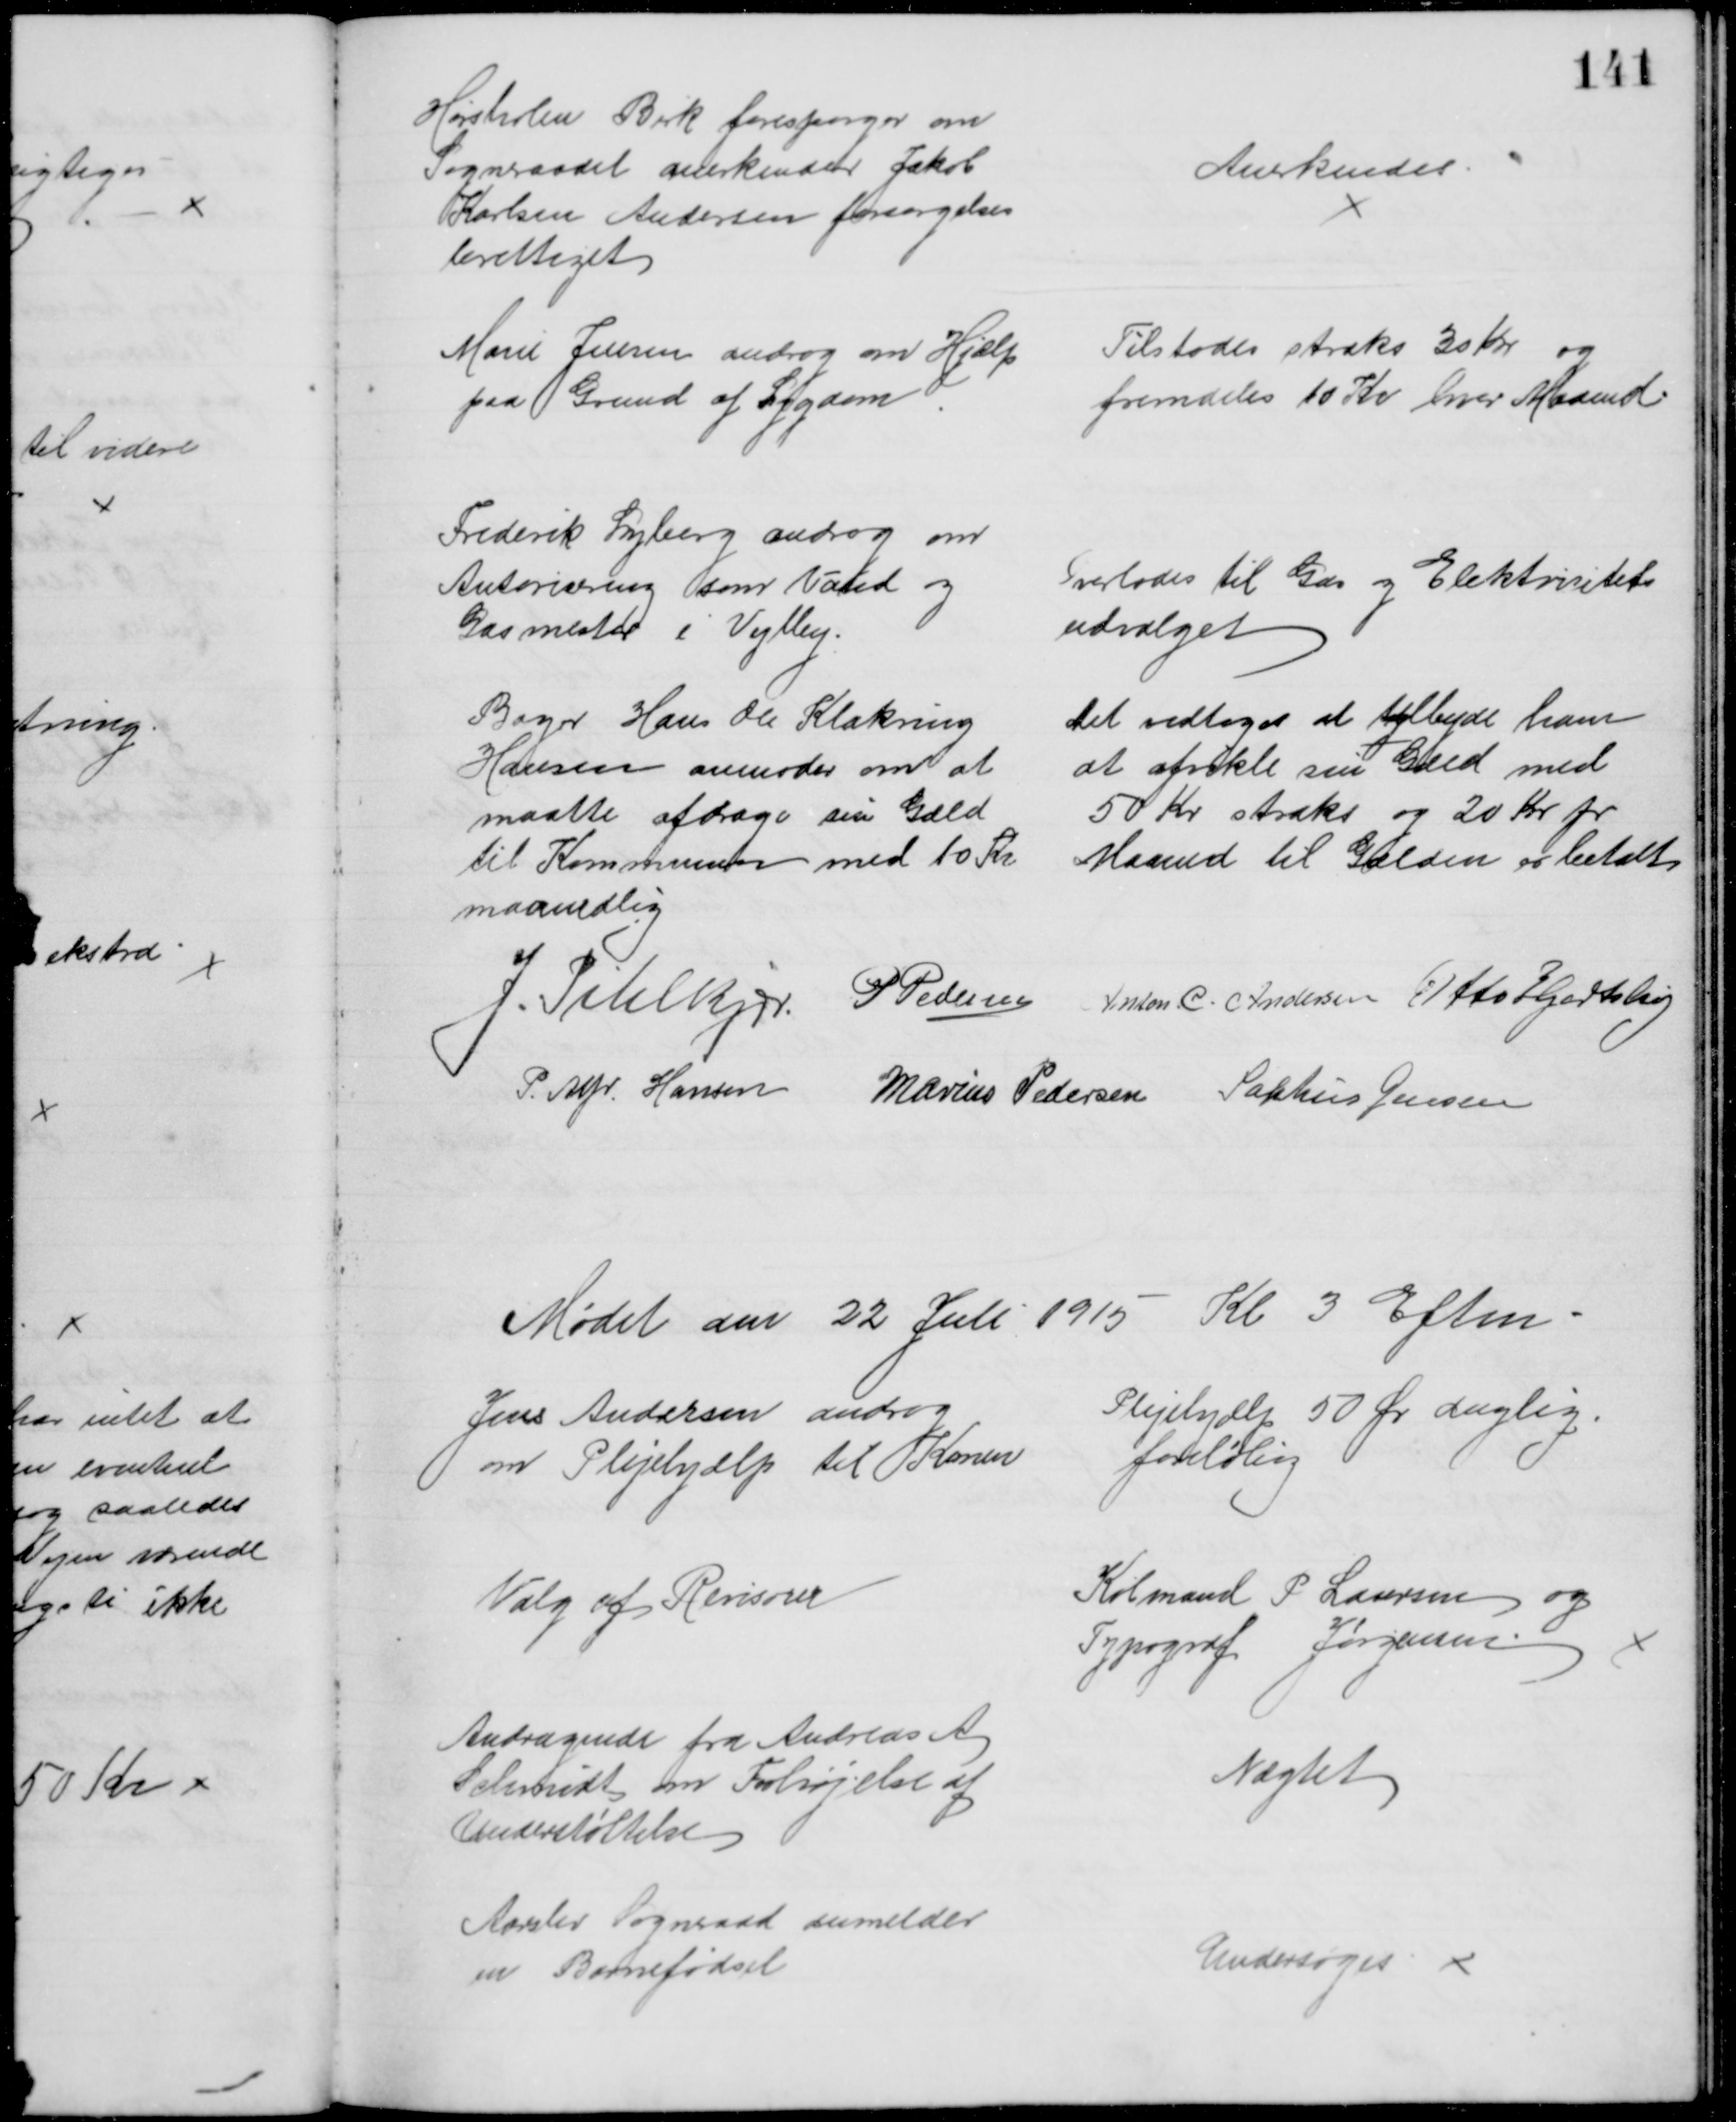
Transskription:
Hørsholm Birk forespørger om
Sogneraadet anerkender Jakob
Karlsen Andersen forsørgelses
berettiget
Anerkendes
Marie Jensen androg om Hjælp
paa Grund af Sygdom
Tilstodes straks 30 kr og
fremdeles 10 Kr hver Maaned
Frederik Lyberg androg om
Autorisering som Vand og 
Gasmester i Vejlby.
Overlodes til Gas og Elektricitets
udvalget
Bager Hans Ole Klakring
Hansen anmoder om at 
maatte afdrage sin Gæld
til Kommunen med 10 Kr
maanedlig
Det vedtoges at tilbyde ham
at afvikle sin Gæld med
50 Kr straks og 20 Kr pr
Maaned til Gælden er betalt
J. Pihlkjær P. Pedersen Anton. C. Andersen Otto Hjortshøj
P. Alfr. Hansen Marius Pedersen Sophus Jensen
Mødet den 22 Juli 1915 Kl 3 Eftm.
Jens Andersen androg
om Plejehjælp til Konen
Plejehjælp 50 Øre daglig.
foreløbig
Valg af Revisorer
Købmand P Laursen og
Typograf Jørgensen
Andragende fra Andreas A
Schmidt om Forhøjelse af
Understøttelse
Nægtet
Aarslev Sogneraad anmelder
en Barnefødsel
Undersøges